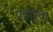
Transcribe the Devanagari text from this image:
पडाहुवा